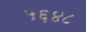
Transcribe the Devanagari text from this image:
५६४८